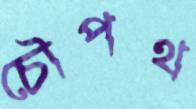
চৌপথ